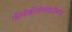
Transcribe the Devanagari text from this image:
फीयोक्रोमोसाइटोमास